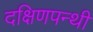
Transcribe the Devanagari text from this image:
दक्षिणपन्थी